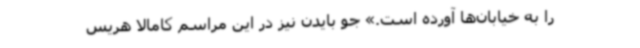
را به خیابان‌ها آورده است.» جو بایدن نیز در این مراسم کامالا هریس